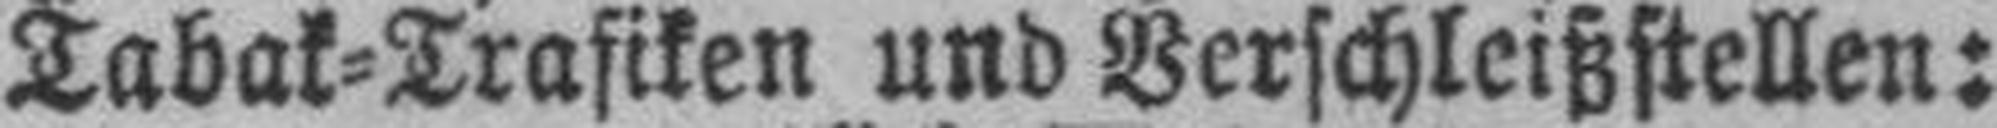
Tabak-Trafiken und Berschleißftellen: